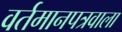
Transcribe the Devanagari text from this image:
वर्तमानपत्रवाला